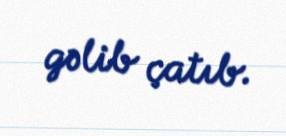
gəlib çatıb.